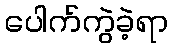
ပေါက်ကွဲခဲ့ရာ